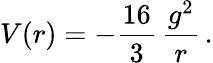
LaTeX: V(r)=-\frac{16}{3}\, {\frac{g^{2}}{r}}\, .